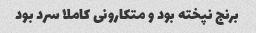
برنج نپخته بود و متکارونی کاملا سرد بود